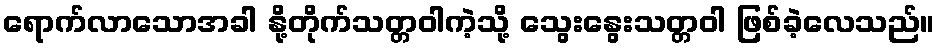
ရောက်လာသောအခါ နို့တိုက်သတ္တဝါကဲ့သို့ သွေးနွေးသတ္တဝါ ဖြစ်ခဲ့လေသည်။